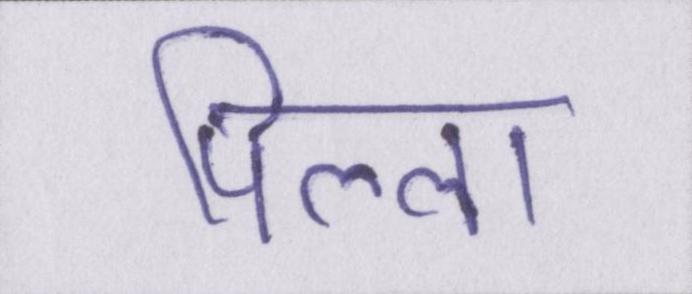
पिल्ला